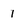
Character: 1